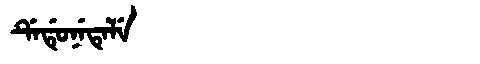
Manchu: ᡩᡝᡩᡠᠨᡝᡨᡝᠯᡝ
Romanization: DEDUNETELE